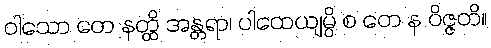
ဝါသော တေ နတ္ထိ အန္တရာ၊ ပါထေယျမ္ပိ စ တေ န ဝိဇ္ဇတိ။